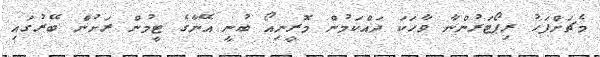
މެޗަށްފަހު ރިޕޯޓަރުންނާ ވާހަކަ ދައްކަމުން މޮރީނިއޯ ބުނީ އޭނާގެ ޓީމުން ރަށުން ބޭރުގައި